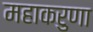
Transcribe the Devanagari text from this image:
महाकरुणा